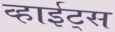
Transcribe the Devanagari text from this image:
व्हाईट्स